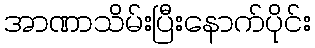
အာဏာသိမ်းပြီးနောက်ပိုင်း